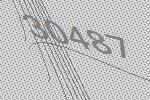
30487